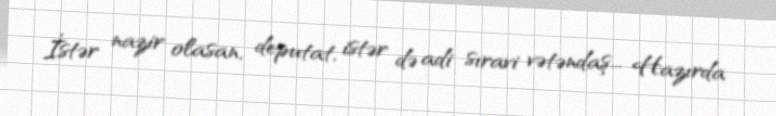
İstər nazir olasan, deputat, istər də adi sıravi vətəndaş... Hazırda